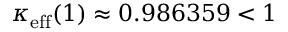
\kappa _ { \mathrm { e f f } } ( 1 ) \approx 0 . 9 8 6 3 5 9 < 1